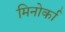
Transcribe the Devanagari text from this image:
मिनोर्का